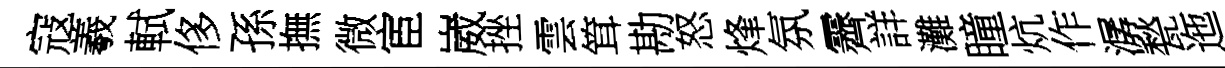
寇羲軾侈孫撫微宦崴挫雲䇯勘怒烽氛霽詳灘瞳炕作潺甃迤